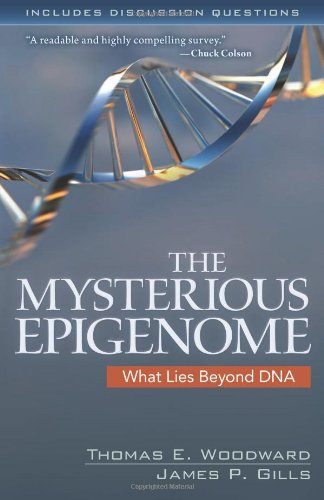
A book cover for The Mysterious Epigenome: What Lies Beyond DNA; Thomas Woodward; Christian Books & Bibles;